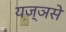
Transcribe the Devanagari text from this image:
यज्ञसे